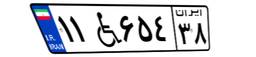
۳۵W۴۵۸۹۱